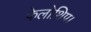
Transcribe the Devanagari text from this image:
फेलोशिप।